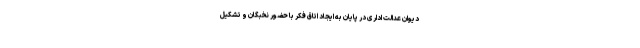
دیوان عدالت اداری در پایان به ایجاد اتاق فکر با حضور نخبگان و تشکیل